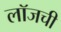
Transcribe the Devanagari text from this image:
लॉजची